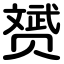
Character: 赟